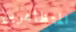
المتظاهرين